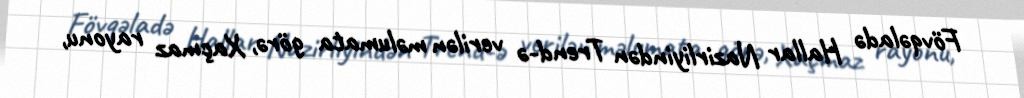
Fövqəladə Hallar Nazirliyindən Trend-ə verilən məlumata görə, Xaçmaz rayonu,